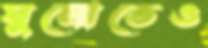
ঘুমোতেও